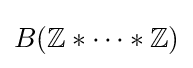
B(\mathbb {Z} *\cdots *\mathbb {Z} )